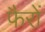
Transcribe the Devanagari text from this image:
फैरों